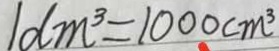
1 d m ^ { 3 } = 1 0 0 0 c m ^ { 3 }